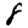
Digit: 8